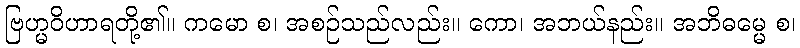
ဗြဟ္မဝိဟာရတို့၏။ ကမော စ၊ အစဉ်သည်လည်း။ ကော၊ အဘယ်နည်း။ အဘိဓမ္မေ စ၊